Madras plague regulations in force outside the Presidency town - Volume 1
Disease focus: Plague
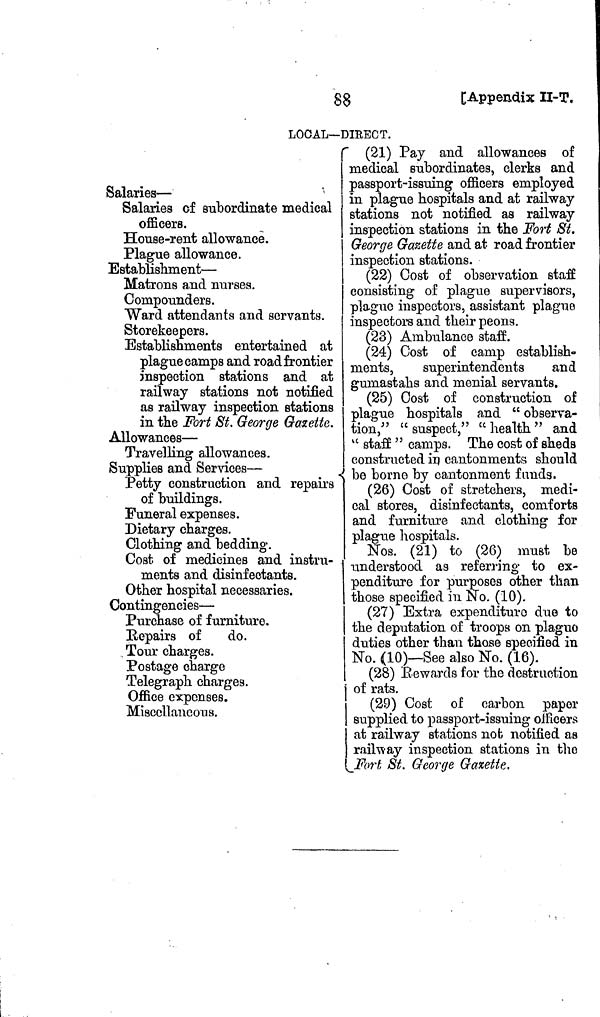
88
[Appendix II-T.
LOCAL—DIRECT.
Salaries —
Salaries of subordinate medical
officers.
House-rent allowance.
Plague allowance.
Establishment —
Matrons and nurses.
Compounders.
Ward attendants and servants.
Storekeepers.
Establishments entertained at
plague camps and road frontier
inspection stations and at
railway stations not notified
as railway inspection stations
in the Fort St. George Gazette.
Allowances —
Travelling allowances.
Supplies and Services —
Petty construction and repairs
of buildings.
Funeral expenses.
Dietary charges.
Clothing and bedding.
Cost of medicines and instru-
ments and disinfectants.
Other hospital necessaries.
Contingencies —
Purchase of furniture.
Repairs of
do.
Tour charges.
Postage charge
Telegraph charges.
Office expenses.
Miscellaneous.
(21) Pay and allowances of
medical subordinates, clerks and
passport-issuing officers employed
in plague hospitals and at railway
stations not notified as railway
inspection stations in the Fort St.
George Gazette and at road frontier
inspection stations.
(22) Cost of observation staff
consisting of plague supervisors,
plague inspectors, assistant plague
inspectors and their peons.
(23) Ambulance staff.
(24) Cost of camp establish-
ments,
superintendents
and
gumastahs and menial servants.
(25) Cost of construction of
plague hospitals and " observa-
tion/' "suspect," "health" and
" staff " camps. The cost of sheds
constructed in cantonments should
be borne by cantonment funds.
(26) Cost of stretchers, medi-
cal stores, disinfectants, comforts
and furniture and clothing for
plague hospitals.
Nos. (21) to (26) must be
understood as referring to ex-
penditure for purposes other than
those specified in No. (10).
(27) Extra expenditure due to
the deputation of troops on plaguo
duties other than those specified in
No. (10)— See also No. (16).
(28) Be wards for the destruction
of rats.
(29) Cost of carbon paper
supplied to passport-issuing officers
at railway stations not notified as
railway inspection stations in the